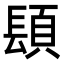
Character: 𨲙